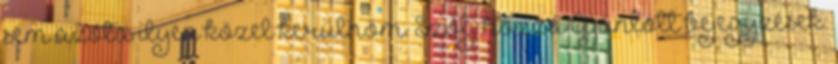
sem azóta ilyen közel kerülnöm. Szólj hozzá Ajánlott bejegyzések: